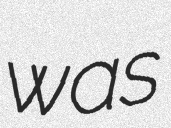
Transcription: was